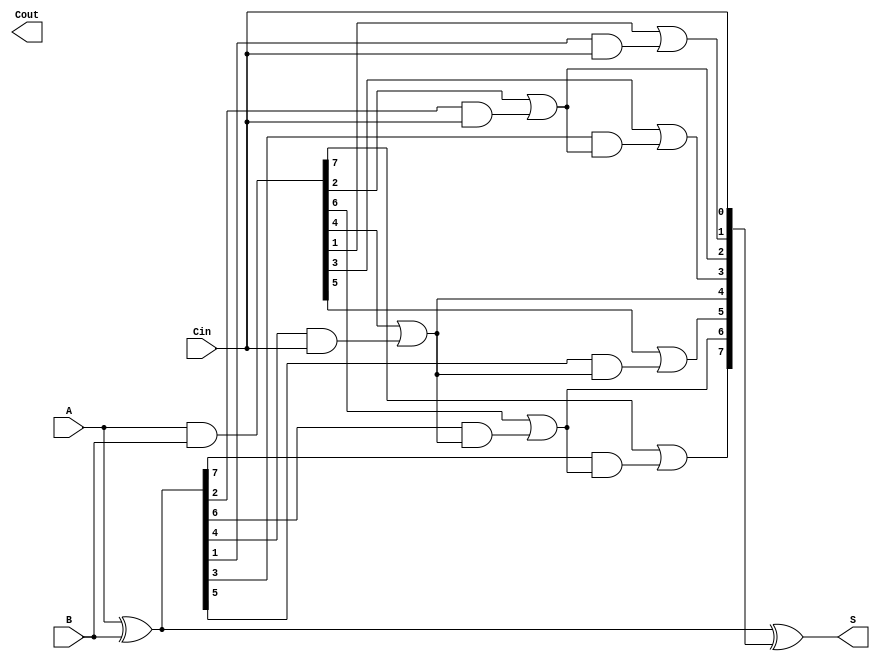
module KoggeStoneAdder #(
    parameter N = 8 // Width of the adder
)(
    input [N-1:0] A,     // First operand
    input [N-1:0] B,     // Second operand
    input Cin,           // Carry-in
    output [N-1:0] S,    // Sum output
    output Cout          // Carry-out
);
    // Declare generate and propagate signals
    wire [N-1:0] G; // Generate
    wire [N-1:0] P; // Propagate
    wire [N:0] C;    // Carry signals

    // Generate and Propagate calculations
    assign G = A & B;       // Generate signals
    assign P = A ^ B;       // Propagate signals
    assign C[0] = Cin;      // Initial carry-in

    // Carry generation using Kogge-Stone method
    genvar i, j;
    
    // Levels of carry generation
    generate
        for (i = 0; i < $clog2(N); i = i + 1) begin : carry_gen
            for (j = 0; j < N; j = j + (1 << (i + 1))) begin : carry_level
                if (j + (1 << i) < N) begin
                    assign C[j + (1 << i)] = G[j + (1 << i)] | (P[j + (1 << i)] & C[j]);
                end
            end
        end
    endgenerate

    // Sum calculation
    assign S = P ^ C[N-1:0]; // Sum bits as P XOR C

    // Carry-out is the last carry
    assign Cout = C[N];

endmodule